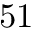
5 1